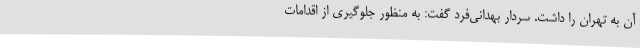
آن به تهران را داشت. سردار بهدانی‌فرد گفت: به منظور جلوگیری از اقدامات